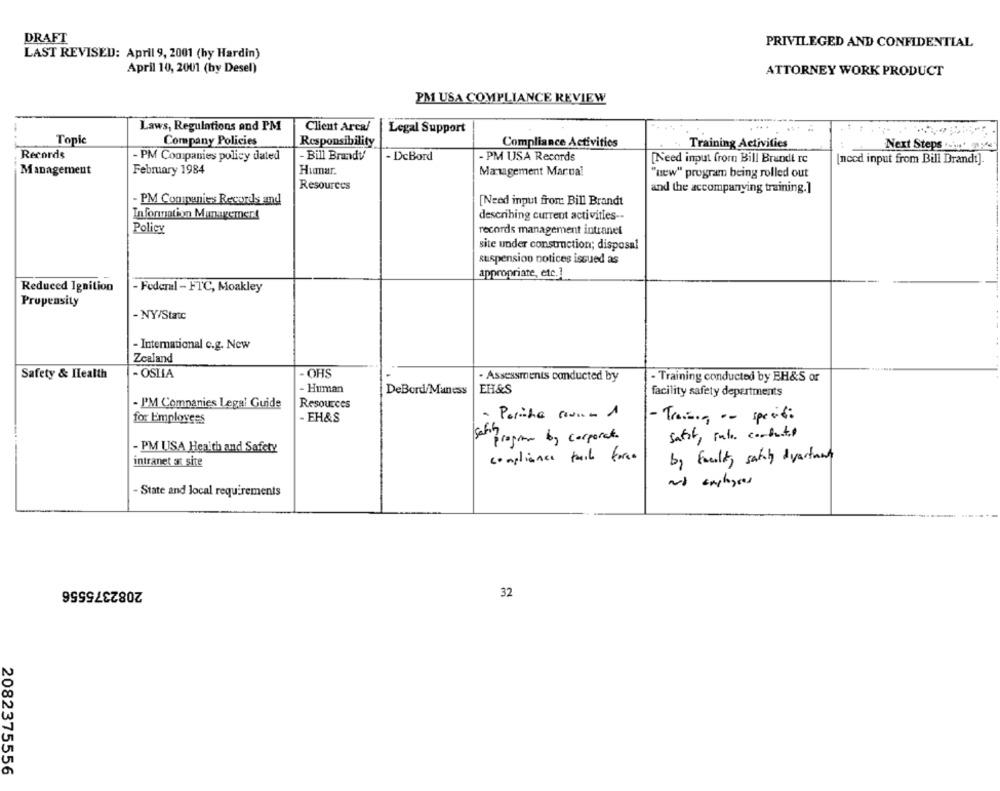
DRAFT
PRIVILEGED AND CONFIDENTIAL
LAST REVISED: April 9, 2001 (hy Hardin)
April 10, 2001 (by Desel)
ATTORNEY WORK PRODUCT
PM USA COMPLIANCE REVIEW
Laws, Regulations and PM
Client Area/
Legal Support
Topic
Company Policies
Responsibility
Compliance Activities
Training Activities
Next Steps .i.' y
Records
- PM Companies policy dated
-Bill Brandy
- DeBord
- PM USA Records
[Need input from Bill Brandt rc
Incod input from Bill Drandt].
Management
February 1984
Humar
Management Marua!
"new" program being rolled out
Resources
and the accompanying training.]
- PM Companies Records and
[Need input from: Bill Brandt
Information Management
describing current activities --
Policy
records management intranet
site under construction; disposal
suspension notices issued as
appropriate, etc.]
Reduced Ignition
- Federal - FTC, Moakley
Propensity
- NY/Statc
- International c.g. New
Zealand
Safety & Health
- OSLIA
- OHS
· Assessments conducted by
- Training conducted by EH&S or
Human
EH&S
DeBord/Maness
facility safety departments
Resources
- P'M Companies Legal Guide
for Employees
EH&S
- Potiche sauna 1
- Training on specifi
Isafin
program by corporate.
safir, Falo corbutil
- PM USA Health and Safety
compliance fail force
by faculty, safety duartund
intranet at site
- State and local requirements
2082375556
32
2082375556